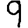
Digit: 9